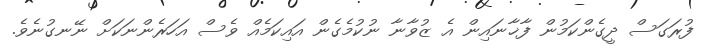
ފުރަގަސް ދީގެންކަމުން ފާޚާނައިން އެ ޒުވާނާ ނުކުމެގެން އައިކަމެއް ވެސް އަހަރެންނަކަށް ނޭނގުނެވެ.